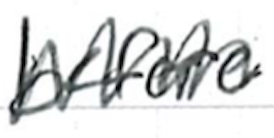
Text: before
Cross-out: zig-zag
Writing tool: ballpoint